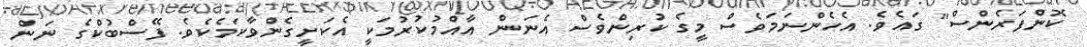
ކޮންފަރެންސް" ގައެވެ. އެހެންނަމަވެސް މީގެ ކުރިންވެސް އެނަން އާއްމުކުރުމަކީ އެކަށީގެންވާކަމެކެވެ. ފޭސްބުކްގެ ނަން